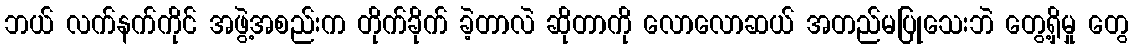
ဘယ် လက်နက်ကိုင် အဖွဲ့အစည်းက တိုက်ခိုက် ခဲ့တာလဲ ဆိုတာကို လောလောဆယ် အတည်မပြုသေးဘဲ တွေ့ရှိမှု တွေ